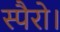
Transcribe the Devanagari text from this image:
स्पैरो।